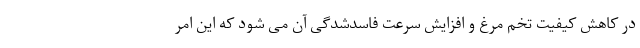
در کاهش کیفیت تخم مرغ و افزایش سرعت فاسدشدگی آن می شود که این امر